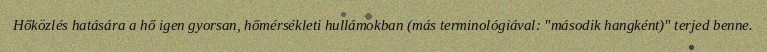
Hőközlés hatására a hő igen gyorsan, hőmérsékleti hullámokban (más terminológiával: "második hangként)" terjed benne.